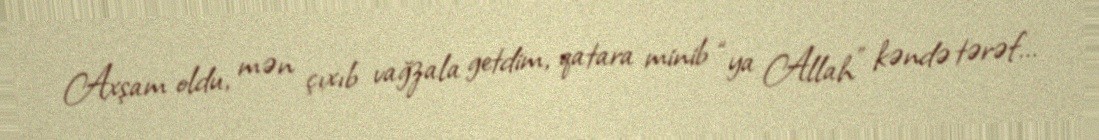
Axşam oldu, mən çıxıb vağzala getdim, qatara minib “ya Allah” kəndə tərəf...